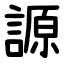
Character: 謜